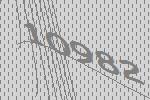
10982